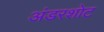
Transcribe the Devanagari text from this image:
अंडरशोट